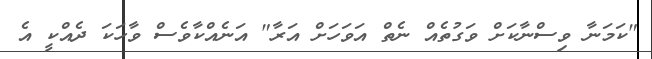
"ކަމަނާ ވިސްނާކަށް ވަގުތެއް ނެތް އަވަހަށް އަރާ" އަނެއްކާވެސް ވާހަކަ ދެއްކީ އެ